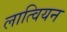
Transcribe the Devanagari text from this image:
लात्वियन